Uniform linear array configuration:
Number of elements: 12
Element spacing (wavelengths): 0.75
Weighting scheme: hamming
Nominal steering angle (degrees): -60
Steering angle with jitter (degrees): -60.015
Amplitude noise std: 0.05
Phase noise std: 0.05

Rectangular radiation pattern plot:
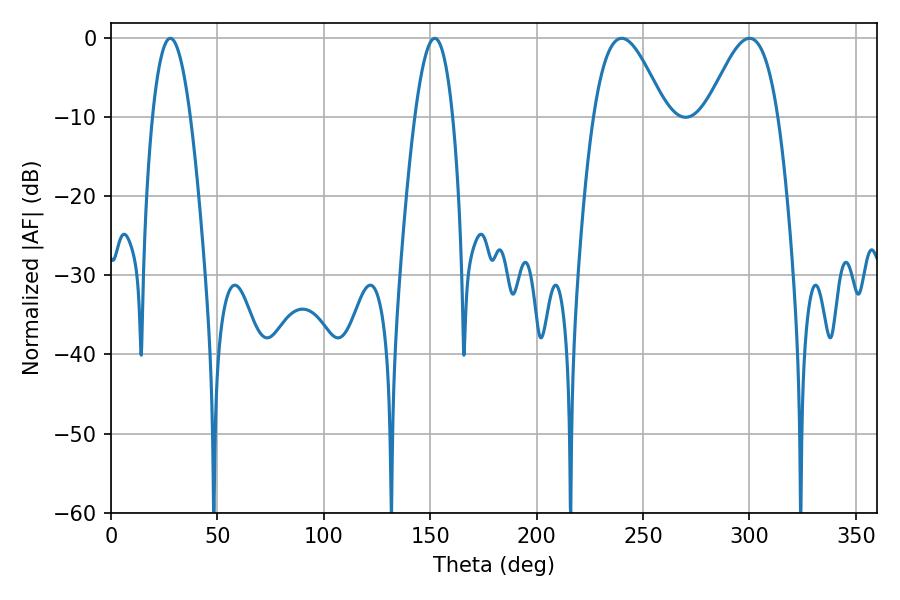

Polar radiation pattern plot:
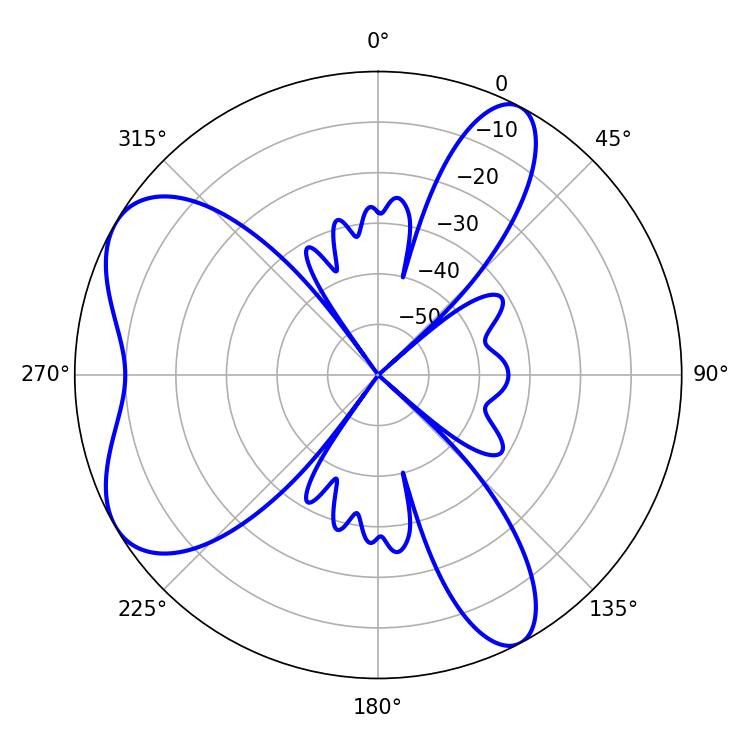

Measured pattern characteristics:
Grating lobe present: TRUE
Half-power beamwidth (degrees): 18.18
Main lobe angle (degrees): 239.94